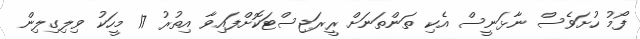
ފޯމު ހުށަވެސް ނާޅަނީސް އެކި ތަންތަނަށް ރީރަޖިސްޓަކޮށްފައިވާ އިތުރު 17 މީހަކު ވިލިގިލިން